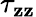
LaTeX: \tau_{\mathbf{z}\mathbf{z}}